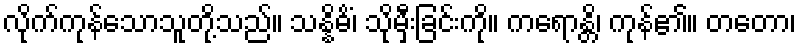
လိုက်ကုန်သောသူတို့သည်။ သန္နိဓိံ၊ သိုမှီးခြင်းကို။ ကရောန္တိ၊ ကုန်၏။ တတော၊